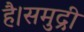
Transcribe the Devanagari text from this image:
है।समुद्री